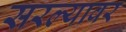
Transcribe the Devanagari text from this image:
सरल्यावर